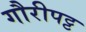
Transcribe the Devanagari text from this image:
गौरीपट्ट